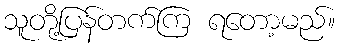
သူတို့ပြန်တက်ကြ ရတော့မည်။